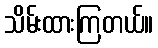
သိမ်းထားကြတယ်။